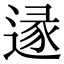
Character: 𨔡